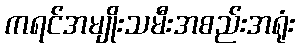
ကရင်အမျိုးသမီးအစည်းအရုံး